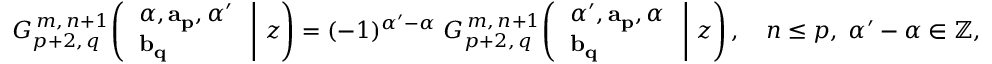
G _ { p + 2 , \, q } ^ { \, m , \, n + 1 } \! \left( \left. { \begin{array} { l } { \alpha , \mathbf { a _ { p } } , \alpha ^ { \prime } } \\ { \mathbf { b _ { q } } } \end{array} } \; \right| \, z \right) = ( - 1 ) ^ { \alpha ^ { \prime } - \alpha } \; G _ { p + 2 , \, q } ^ { \, m , \, n + 1 } \! \left( \left. { \begin{array} { l } { \alpha ^ { \prime } , \mathbf { a _ { p } } , \alpha } \\ { \mathbf { b _ { q } } } \end{array} } \; \right| \, z \right) , \quad n \leq p , \; \alpha ^ { \prime } - \alpha \in \mathbb { Z } ,